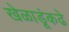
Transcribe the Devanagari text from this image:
खेळाडूंकढे